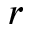
r